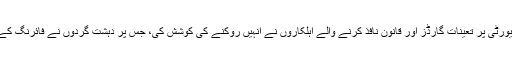
اس موقع پر عمارت کی سیکیورٹی پر تعینات گارڈز اور قانون نافذ کرنے والے اہلکاروں نے انہیں روکنے کی کوشش کی، جس پر دہشت گردوں نے فائرنگ کے ساتھ ساتھ دستی بم پھینکے۔